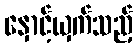
နှောင့်ယှက်သည့်